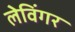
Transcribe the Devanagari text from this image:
लेविंगर